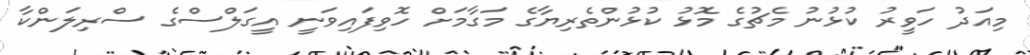
މިއަދު ހަވީރު ކުޅުނު މެޗުގެ މޮޅު ކުޅުންތެރިޔާގެ މަގާމަށް ހޮވިފައިވަނީ އީގަލްސްގެ ސްރިލަންކާ